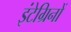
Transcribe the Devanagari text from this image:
इंटेग्रिनों